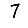
Digit: 7